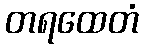
တရထေတံ